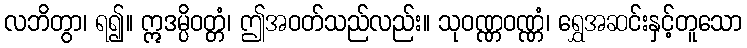
လဘိတွာ၊ ရ၍။ ဣဒမ္ပိဝတ္တံ၊ ဤအဝတ်သည်လည်း။ သုဝဏ္ဏဝဏ္ဏံ၊ ရွှေအဆင်းနှင့်တူသော